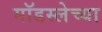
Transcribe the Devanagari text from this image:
मॉडस्लेच्या